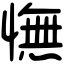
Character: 憮